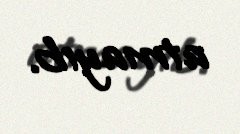
atmayıb.